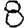
Digit: 8